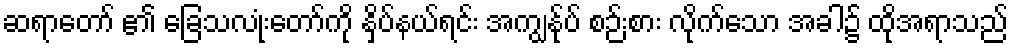
ဆရာတော် ၏ ခြေသလုံးတော်ကို နှိပ်နယ်ရင်း အကျွန်ုပ် စဉ်းစား လိုက်သော အခါ၌ ထိုအရာသည်